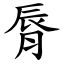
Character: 脣